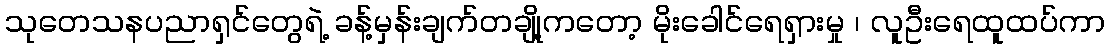
သုတေသနပညာရှင်တွေရဲ့ ခန့်မှန်းချက်တချို့ကတော့ မိုးခေါင်ရေရှားမှု ၊ လူဦးရေထူထပ်ကာ